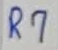
Text: R7